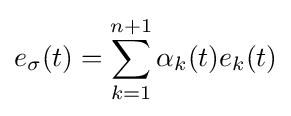
e_{\sigma }(t)=\sum \limits _{k=1}^{n+1}\alpha _{k}(t)e_{k}(t)